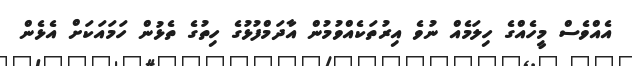
އެއްވެސް މީހެއްގެ ހިލަމެއް ނުވެ އިރުތަކެއްވުމުން އާދަމްފުޅުގެ ހިތުގެ ތެޅުން ހަމައަކަށް އެޅެން